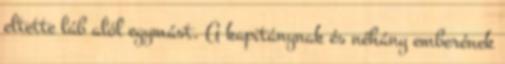
eltette láb alól egymást. A kapitánynak és néhány emberének